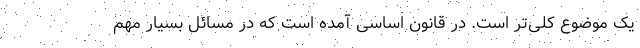
یک موضوع کلی‌تر است. در قانون اساسی آمده است که در مسائل بسیار مهم